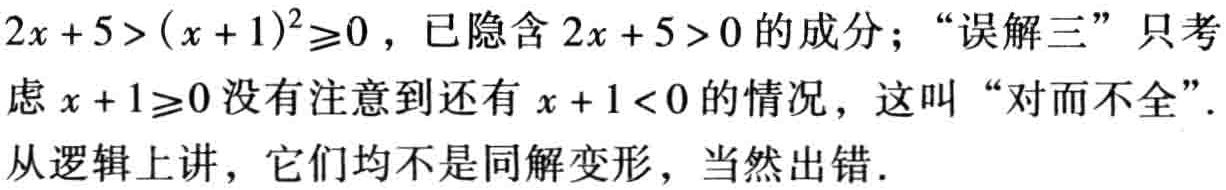
\(2x + 5 > (x + 1)^2 \geq 0\)，已隐含\(2x + 5 > 0\)的成分；“误解三”只考虑\(x + 1 \geq 0\)没有注意到还有\(x + 1 < 0\)的情况，这叫“对而不全”.从逻辑上讲，它们均不是同解变形，当然出错.